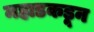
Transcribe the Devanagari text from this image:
महाडकडून